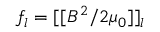
f _ { l } = [ [ B ^ { 2 } / 2 \mu _ { 0 } ] ] _ { l }